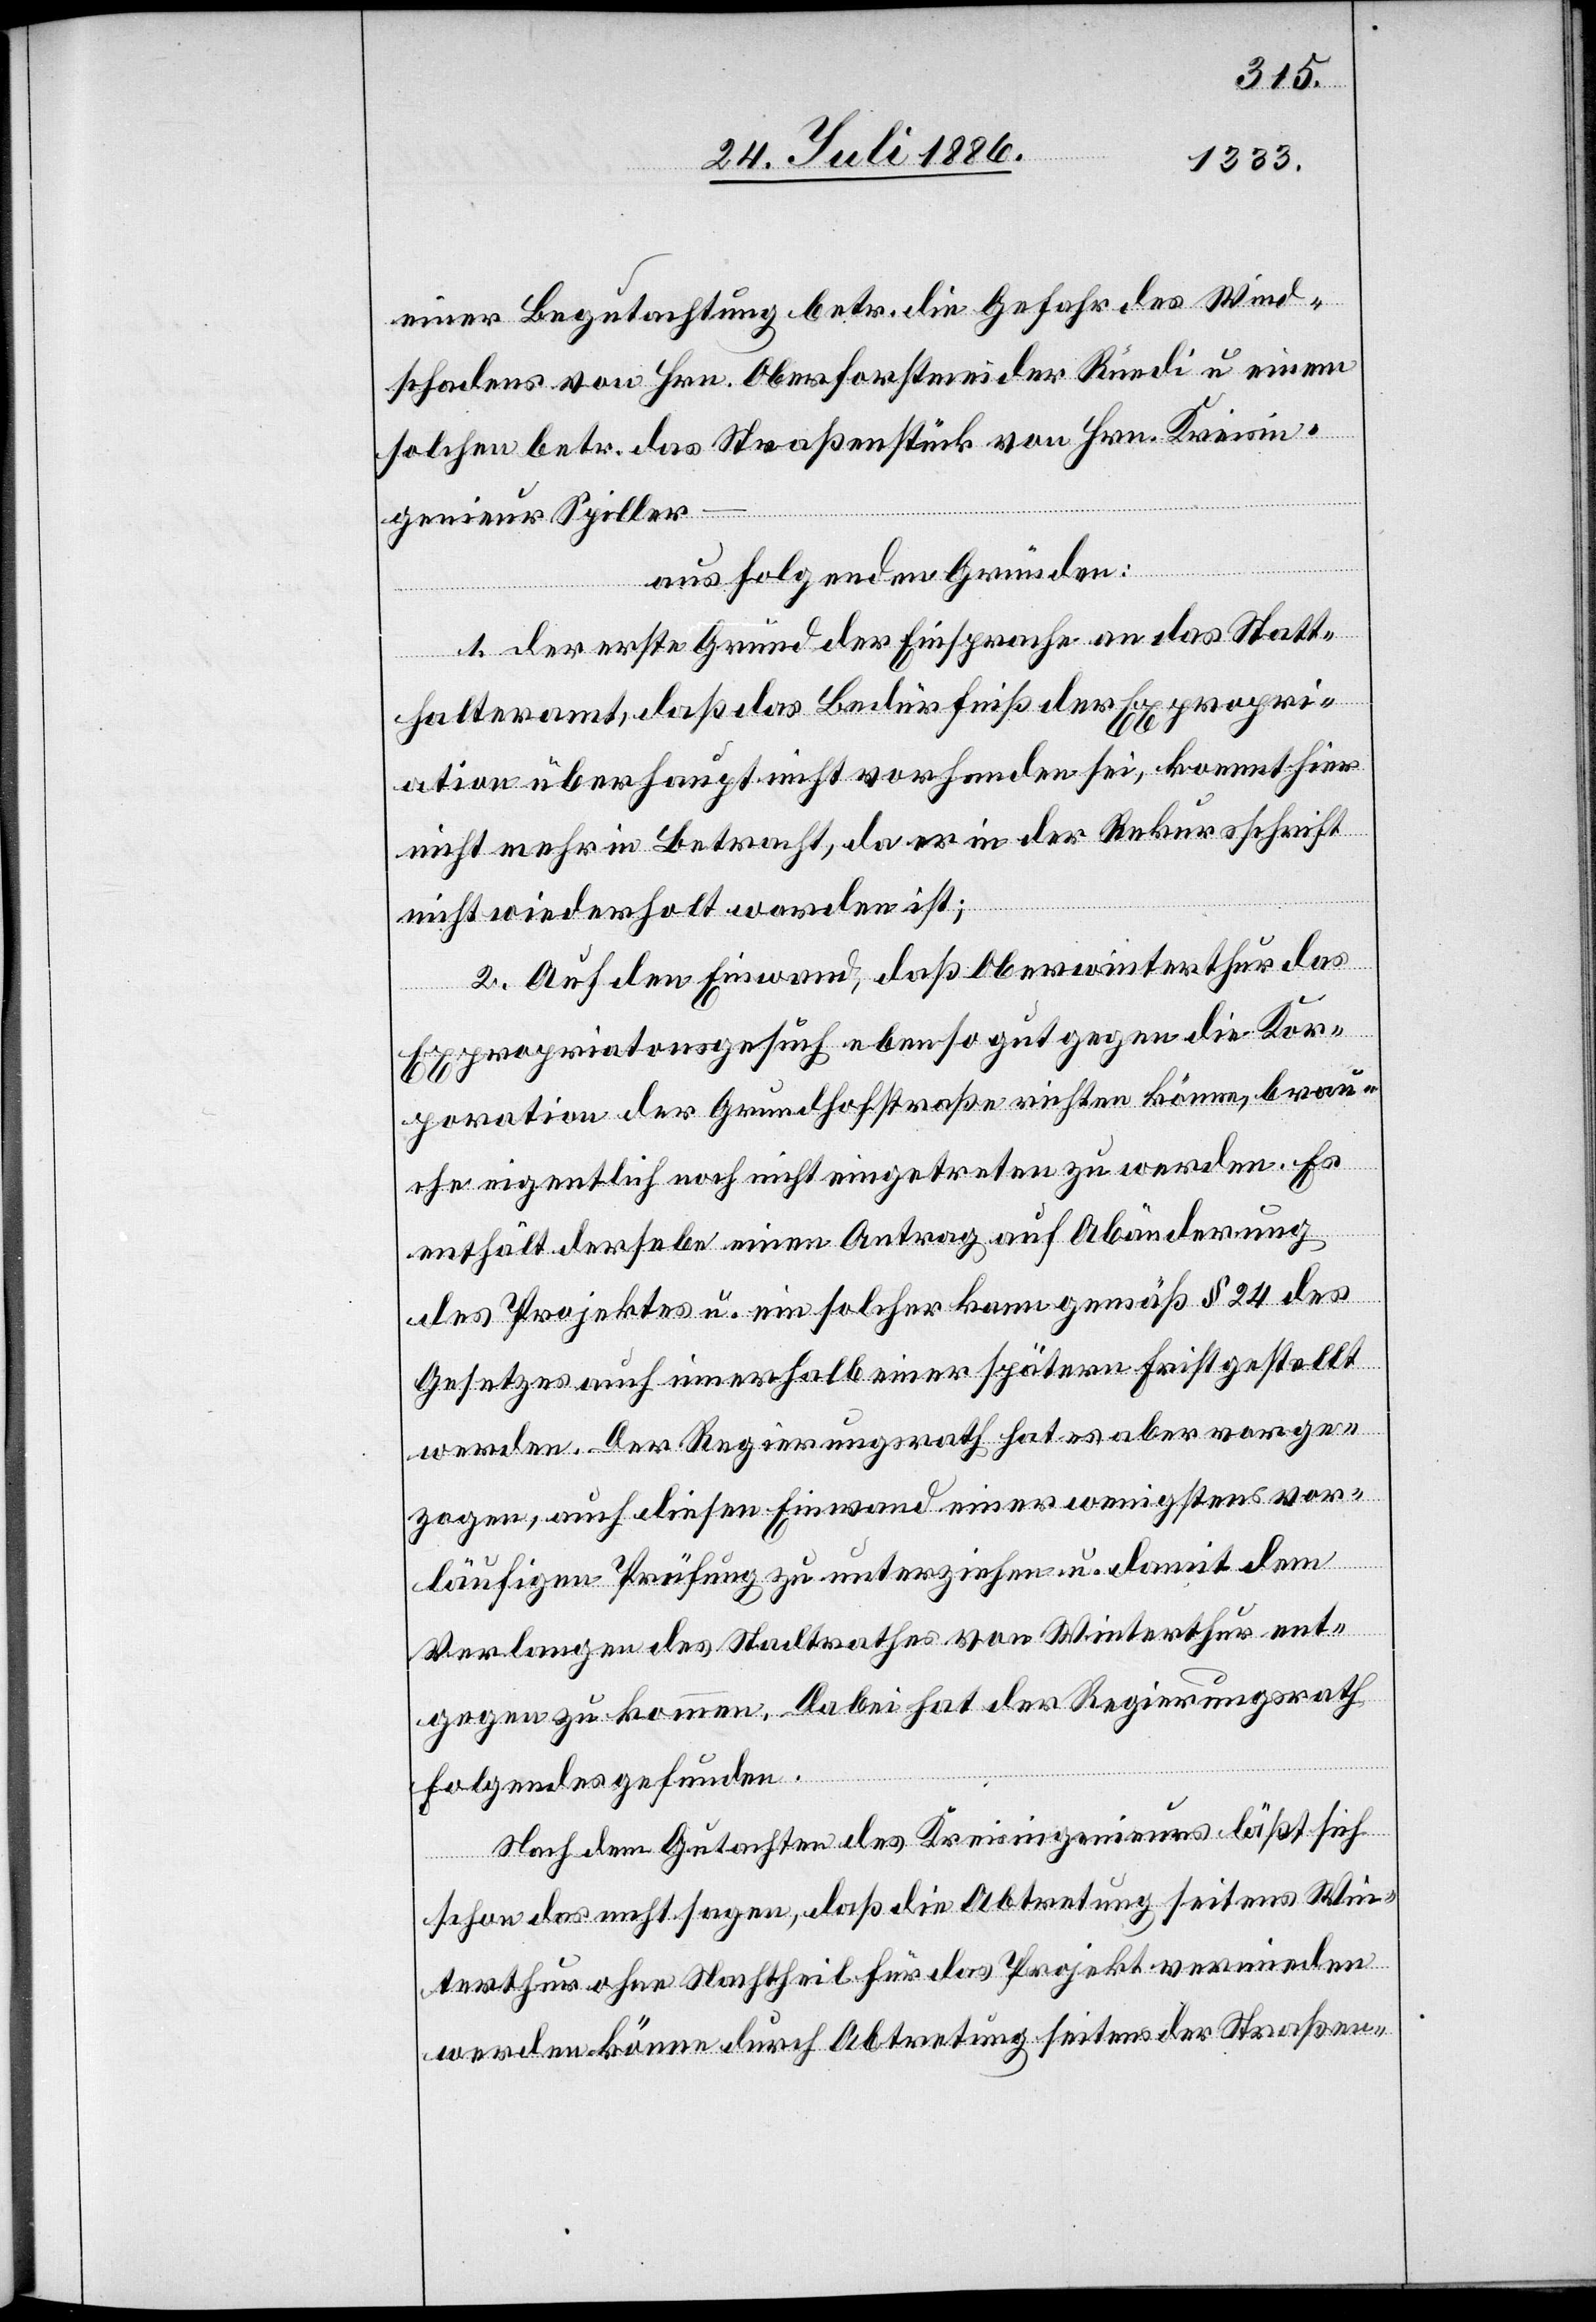
einer Begutachtung betr. die Gefahr des Wind¬
schadens von Hrn. Oberforstmeider [recte: Ober¬
solchen betr. das Straßenstück von Hrn. Kreisin¬
[rec¬
genieur Spiller
aus folgenden Gründen:
te: Der] erste Grund der Einsprache an das Statt¬
halteramt, daß das Bedürfniß der Expropri¬
ation überhaupt nicht vorhanden sei, kommt hier
nicht mehr in Betracht, da er in der Rekursschrift
nicht wiederholt worden ist;
2. Auf den Einwand, daß Oberwinterthur das
Expropriationsgesuch ebenso gut gegen die Kor¬
poration der Grundhofstraße richten könne, brau¬
che eigentlich noch nicht eingetreten zu werden. Es
enthält derselbe einen Antrag auf Abänderung
des Projektes u. ein solcher kann gemäß § 24 des
Gesetzes auch innerhalb einer spätern Frist gestellt
werden. Der Regierungsrath hat es aber vorge¬
zogen, auch diesen Einwand einer wenigstens vor¬
läufigen Prüfung zu unterziehen u. damit dem
Verlangen des Stadtrathes von Winterthur ent¬
gegen zu kommen. Dabei hat der Regierungsrath
Folgendes gefunden.
Nach dem Gutachten des Kreisingenieurs läßt sich
schon das nicht sagen, daß die Abtretung seitens Win¬
terthur ohne Nachtheil für das Projekt vermieden
werden könne durch Abtretung seitens der Straßen-